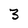
Character: 3